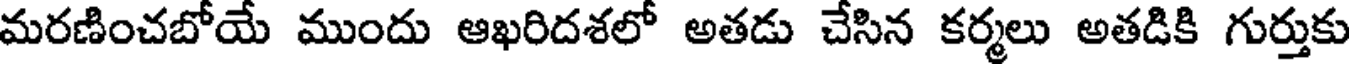
మరణించబోయే ముందు ఆఖరిదశలో అతడు చేసిన కర్మలు అతడికి గుర్తుకు